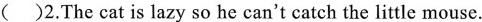
( )2.The cat is lazy so he can't catch the little mouse.